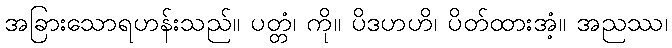
အခြားသောရဟန်းသည်။ ပတ္တံ၊ ကို။ ပိဒဟဟိ၊ ပိတ်ထားအံ့။ အညဿ၊